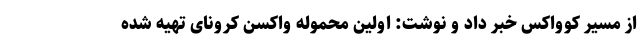
از مسیر کوواکس خبر داد و نوشت: اولین محموله واکسن کرونای تهیه شده